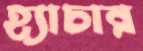
হ্যাচার